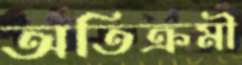
অতিক্রমী